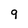
Character: 9